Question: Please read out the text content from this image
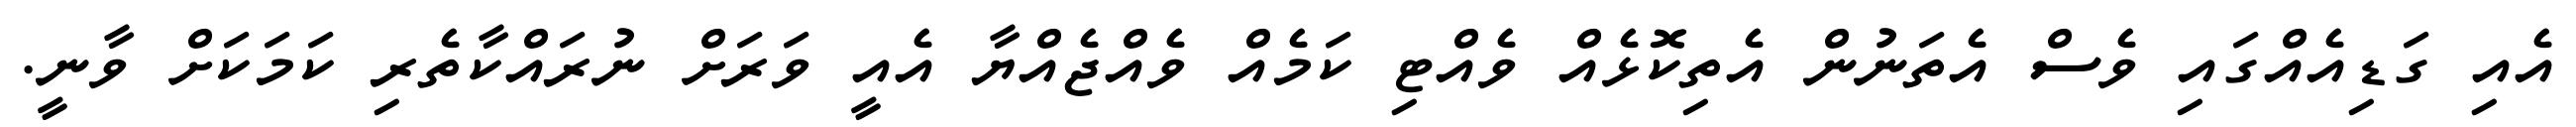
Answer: އެއި ގަޑިއެއްގައި ވެސް އެތަނުން އެތިކޮޅެއް ވެއްޓި ކަމެއް ވެއްޖެއްޔާ އެއީ ވަރަށް ނުރައްކާތެރި ކަމަކަށް ވާނީ.